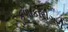
કળાકારીગરી